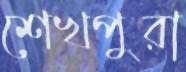
শেখপুরা